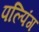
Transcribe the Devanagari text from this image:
पल्पिंग